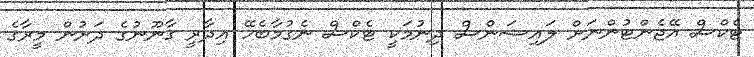
ޓެކްސް އޭޖެންޓުންނަށް ލައިސަންސް ދިނުމަކީ ޓެކްސް ނެގުމާބެހޭ އިދާރީ ގާނޫނުގެ ދަށުން މީރާގެ